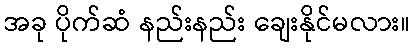
အခု ပိုက်ဆံ နည်းနည်း ချေးနိုင်မလား။